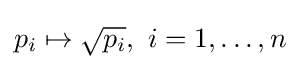
p_{i}\mapsto {\sqrt {p_{i}}},\ i=1,\ldots ,n